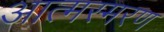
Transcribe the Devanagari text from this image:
आत्मस्मरण